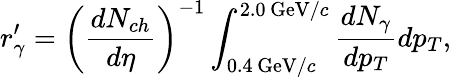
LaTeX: r_{\gamma}^{\prime}=\left(\frac{dN_{ch}}{d\eta}\right)^{-1}\int_{0.4\, \mathrm{GeV}/c}^{2.0\, \mathrm{GeV}/c}\frac{dN_{\gamma}}{dp_{T}}dp_{T},